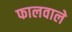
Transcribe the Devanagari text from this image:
फालवाले